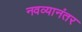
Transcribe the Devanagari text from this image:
नवव्यानंतर